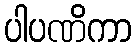
ပါပဏိကာ